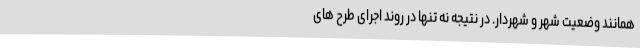
همانند وضعیت شهر و شهردار. در نتیجه نه تنها در روند اجرای طرح های